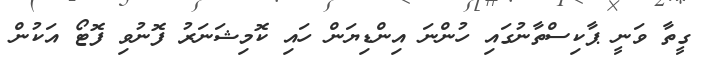
ގީތާ ވަނީ ޕާކިސްތާނުގައި ހުންނަ އިންޑިޔަން ހައި ކޮމިޝަނަރު ފޮނުވި ފޮޓޯ އަކުން